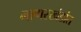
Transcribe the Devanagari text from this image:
नागरखंडांत